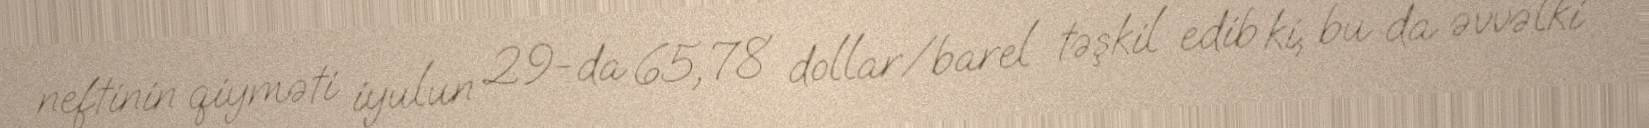
neftinin qiyməti iyulun 29-da 65,78 dollar/barel təşkil edib ki, bu da əvvəlki